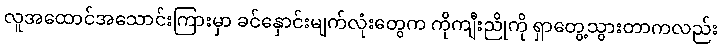
လူအထောင်အသောင်းကြားမှာ ခင်နှောင်းမျက်လုံးတွေက ကိုကျီးညိုကို ရှာတွေ့သွားတာကလည်း